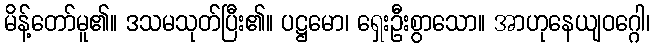
မိန့်တော်မူ၏။ ဒသမသုတ်ပြီး၏။ ပဋ္ဌမော၊ ရှေးဦးစွာသော။ အာဟုနေယျဝဂ္ဂေါ၊